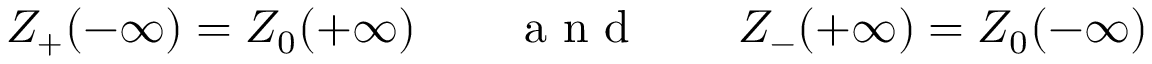
Z _ { + } ( - \infty ) = Z _ { 0 } ( + \infty ) \qquad \textrm { a n d } \qquad Z _ { - } ( + \infty ) = Z _ { 0 } ( - \infty )